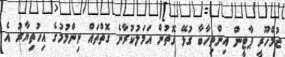
ޖުމްހޫރީ ޕާޓީން އިންތިހާބާ ގުޅޭ ގޮތުން އަމަލުކުރާނެ ގޮތްތައް ނިންމުމުގެ އިހުތިޔާރު އެ